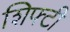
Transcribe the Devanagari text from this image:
शिफ्टी